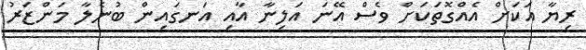
ރިޔާ އަކަށް އެއްގޮތަކަށް ވެސް އޭނަ އަލިނާ އާއި އަނގައިން ބުނެލާ މަންޒަރު